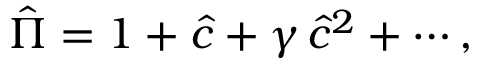
\hat { \Pi } = 1 + \hat { c } + \gamma \, \hat { c } ^ { 2 } + \cdots ,